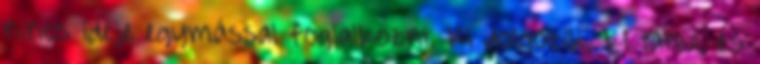
nincs ideje egymással foglalkozni. Ki dolgozik, ki tanul, és